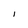
Character: l